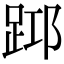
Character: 𨀯